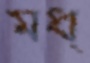
মধ্